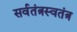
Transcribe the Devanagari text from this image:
सर्वतंत्रस्वतंत्र